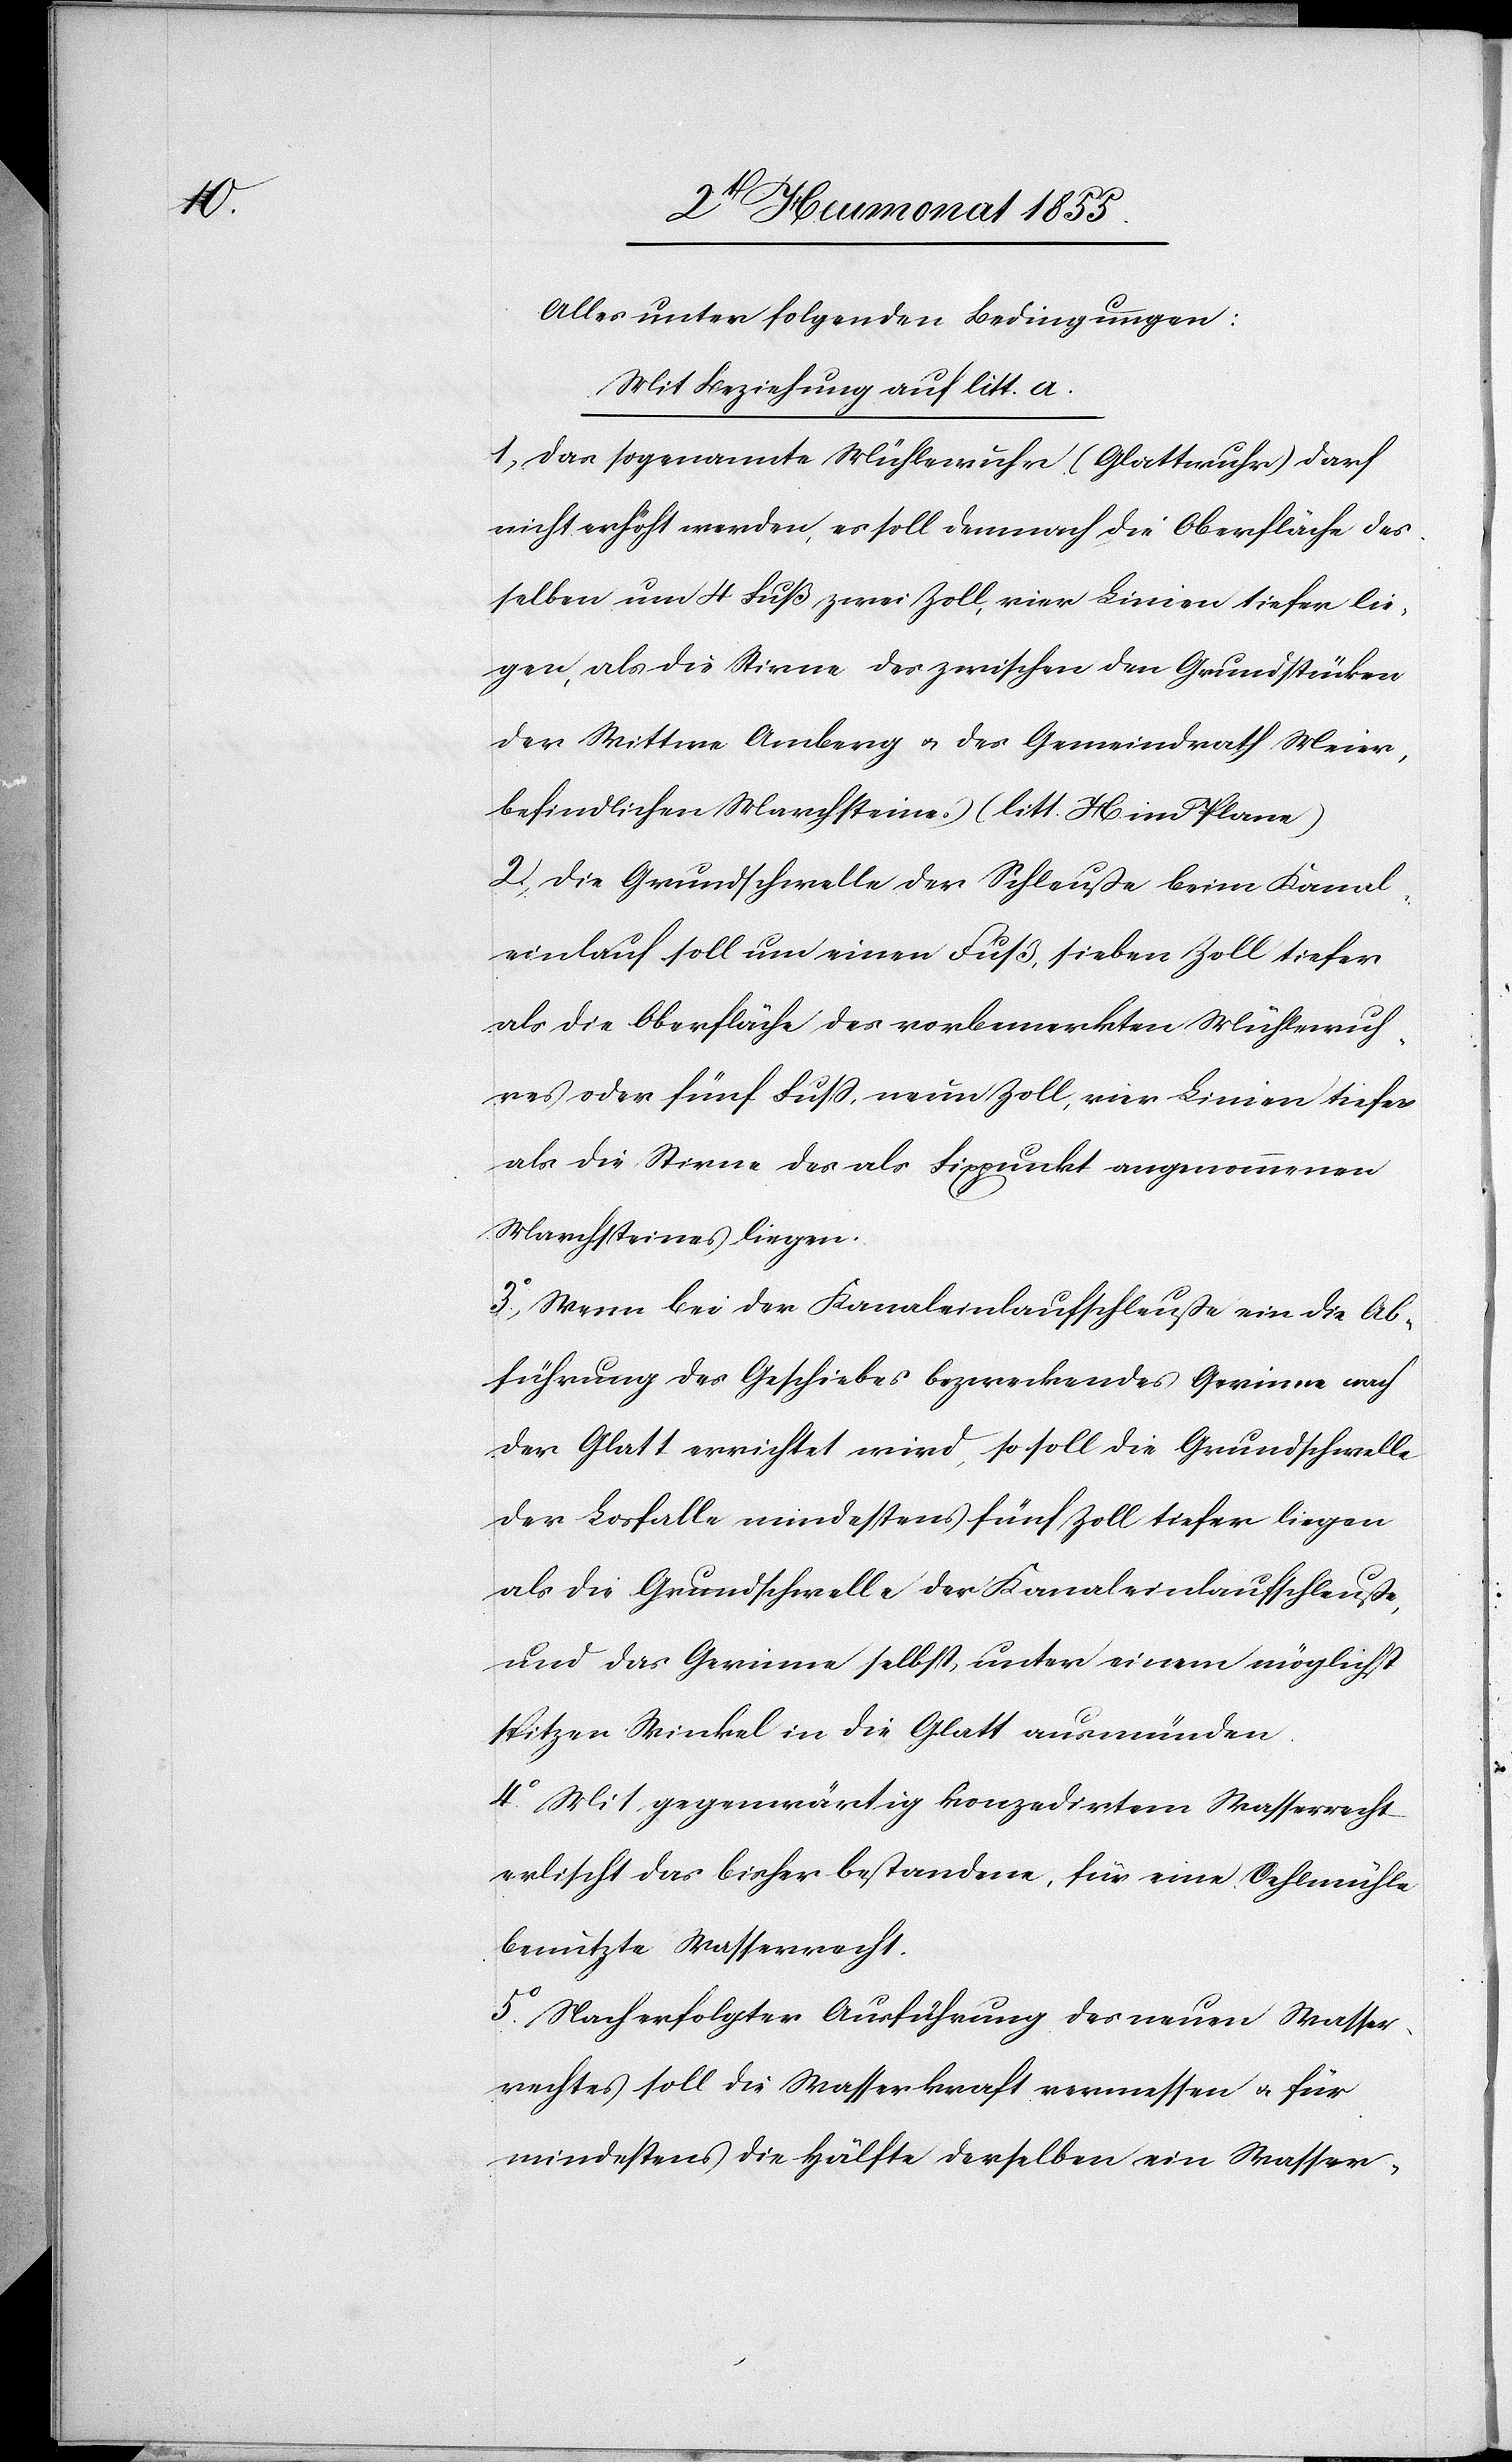
Alles unter folgenden Bedingungen:
Mit Beziehung auf litt. a.
1, Das sogenannte Mühlewuhr (Glattwuhr) darf
nicht erhöht werden, es soll demnach die Oberfläche des¬
selben um 4 Fuß zwei Zoll, vier Linien tiefer lie¬
gen, als die Stirne des zwischen den Grundstücken
der Wittwe Amberg & des Gemeindrath Meier,
befindlichen Marchsteines (litt. H im Plane)
2, Die Grundschwelle der Schleuße beim Kanal¬
einlauf soll um einen Fuß, sieben Zoll tiefer
als die Oberfläche des vorbemerkten Mühlewuh¬
res oder fünf Fuss, neun Zoll, vier Linien tiefer
als die Stirne des als Fixpunkt angenommenen
Marchsteines liegen.
3o, Wenn bei der Kanaleinlaufschleuße ein die Ab¬
führung des Geschiebes bezweckendes Gerinne nach
der Glatt errichtet wird, so soll die Grundschwelle
der Losfalle mindestens fünf Zoll tiefer liegen
als die Grundschwelle der Kanaleinlaufschleuße,
und das Gerinne selbst, unter einem möglichst
spitzen Winkel in die Glatt ausmünden.
4o Mit gegenwärtig konzedirtem Wasserrecht
erlischt das bisher bestandene, für eine Oehlmühle
benutzte Wasserrecht.
5o. Nach erfolgter Ausführung des neuen Wasser¬
rechtes soll die Wasserkraft vermessen & für
mindestens die Hälfte derselben ein Wasser-